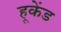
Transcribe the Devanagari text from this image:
हूकेंड